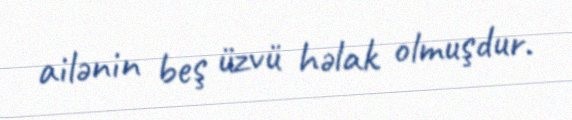
ailənin beş üzvü həlak olmuşdur.